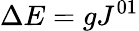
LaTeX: \Delta E=gJ^{01}